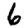
Digit: 6